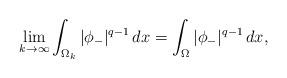
LaTeX: \begin{align*}\lim_{k\to\infty} \int_{\Omega_k} |\phi_-|^{q-1}\,dx=\int_{\Omega} |\phi_-|^{q-1}\,dx, \end{align*}